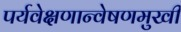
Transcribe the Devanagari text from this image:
पर्यवेक्षणान्वेषणमुखी